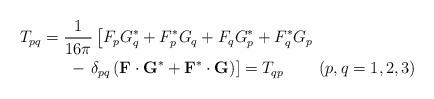
LaTeX: \begin{align*}& T_{pq}=\frac{1}{16\pi}\left[ F_{p}G_{q}^{\ast}+F_{p}^{\ast}G_{q}+F_{q}G_{p}^{\ast}+F_{q}^{\ast}G_{p}\right. \\& \qquad\quad-\left. \delta_{pq}\left( \mathbf{F}\cdot\mathbf{G}^{\ast}+\mathbf{F}^{\ast}\cdot\mathbf{G}\right) \right] =T_{qp}\qquad\left(p,q=1,2,3\right) \end{align*}